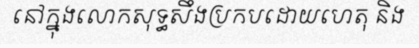
នៅក្នុងលោកសុទ្ធសឹងប្រកបដោយហេតុ និង